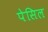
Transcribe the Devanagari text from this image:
पेसिल